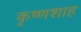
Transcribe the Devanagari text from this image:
कृष्णशाह